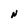
Character: N